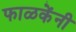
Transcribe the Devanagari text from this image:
फाळकेंनी